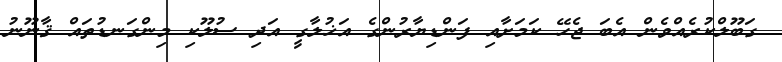
ގަބޫލްކުރެއްވެން އެބަ ޖެހޭ ކަމަށާއި ފަންޑިޔާރުންގެ އަޚުލާގީ އަދި ސުލޫކި މިންގަނޑުތައް ޤާނޫނު